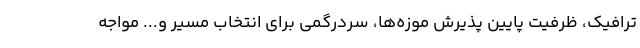
ترافیک، ظرفیت پایین پذیرش موزه‌ها، سردرگمی برای انتخاب مسیر و... مواجه